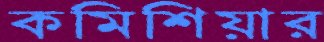
কমিশিয়ার